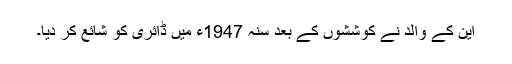
این کے والد نے کوششوں کے بعد سنہ 1947ء میں ڈائری کو شائع کر دیا۔